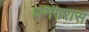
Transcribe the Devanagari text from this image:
धनगरास